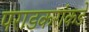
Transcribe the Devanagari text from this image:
पराडकरांकडे